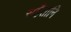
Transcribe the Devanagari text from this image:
सहैतानि